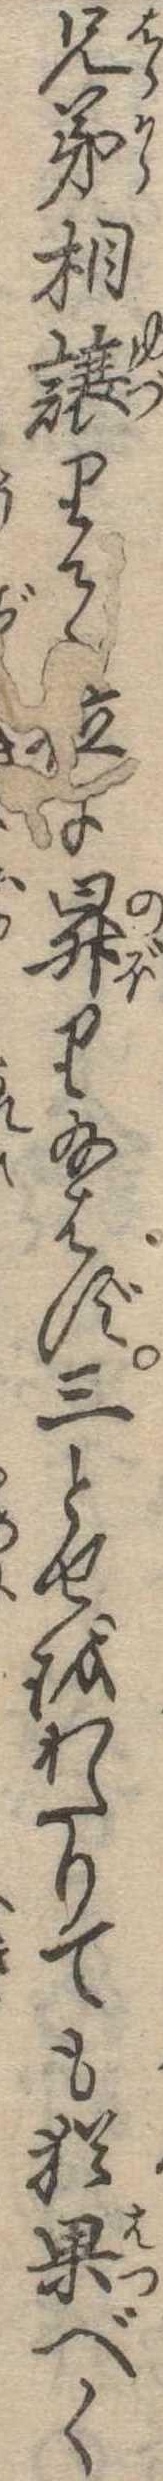
兄弟相譲りて位に昇り給はず三とせをわたりても猶果べく